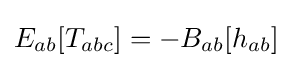
E_{ab}[T_{abc}]=-B_{ab}[h_{ab}]